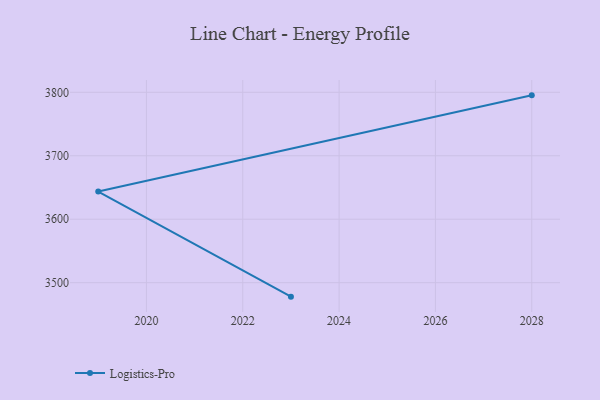
{"axis": {"x": "Year", "y": "Website Visitors"}, "legend": ["Logistics-Pro"], "data": [{"x": "2028", "y": 3795.2, "type": "Logistics-Pro"}, {"x": "2019", "y": 3643.6, "type": "Logistics-Pro"}, {"x": "2023", "y": 3478.0, "type": "Logistics-Pro"}]}